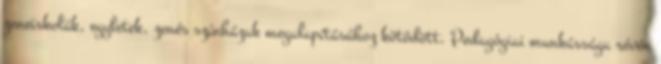
zeneiskolák, egyletek, zenés színházak megalapításához kötődött. Pedagógiai munkássága révén